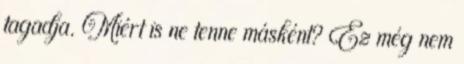
tagadja. Miért is ne tenne másként? Ez még nem